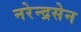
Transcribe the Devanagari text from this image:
नरेन्द्रसेन